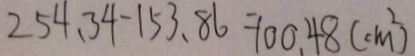
2 5 4 . 3 4 - 1 5 3 . 8 6 = 1 0 0 . 4 8 ( c m ^ { 2 } )